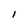
Character: l